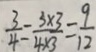
\frac { 3 } { 4 } = \frac { 3 \times 3 } { 4 \times 3 } = \frac { 9 } { 1 2 }